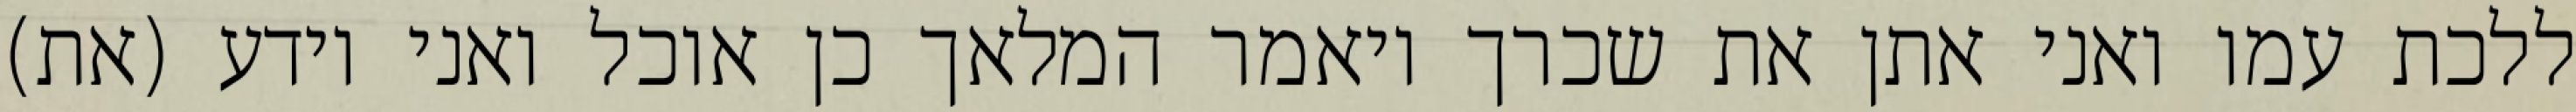
ללכת עמו ואני אתן את שכרך ויאמר המלאך כן אוכל ואני יודע (את)